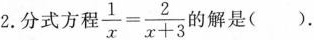
2.分式方程 $$\frac{1}{x}= \frac{2}{x+3}$$ 的解是().